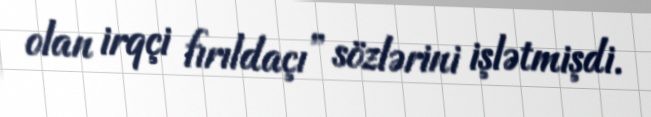
olan irqçi fırıldaçı” sözlərini işlətmişdi.